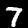
Label: 7